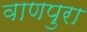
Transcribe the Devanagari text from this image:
वाणपुरा